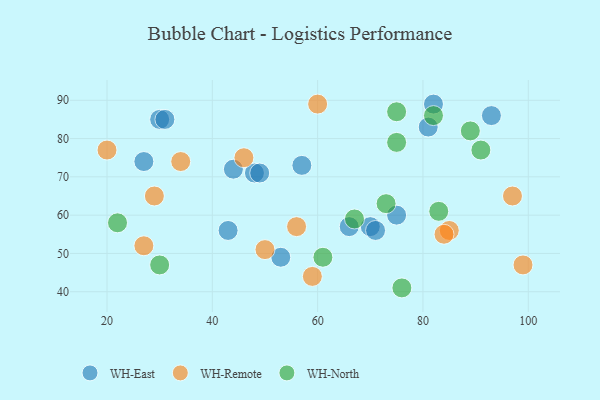
{"axis": {"x": "GDP", "y": "Life Expectancy"}, "legend": ["WH-East", "WH-North", "WH-Remote"], "data": [{"x": "66", "y": 57, "type": "WH-East"}, {"x": "82", "y": 89, "type": "WH-East"}, {"x": "70", "y": 57, "type": "WH-East"}, {"x": "57", "y": 73, "type": "WH-East"}, {"x": "53", "y": 49, "type": "WH-East"}, {"x": "43", "y": 56, "type": "WH-East"}, {"x": "71", "y": 56, "type": "WH-East"}, {"x": "27", "y": 74, "type": "WH-East"}, {"x": "48", "y": 71, "type": "WH-East"}, {"x": "44", "y": 72, "type": "WH-East"}, {"x": "49", "y": 71, "type": "WH-East"}, {"x": "30", "y": 85, "type": "WH-East"}, {"x": "75", "y": 60, "type": "WH-East"}, {"x": "31", "y": 85, "type": "WH-East"}, {"x": "81", "y": 83, "type": "WH-East"}, {"x": "93", "y": 86, "type": "WH-East"}, {"x": "20", "y": 77, "type": "WH-Remote"}, {"x": "85", "y": 56, "type": "WH-Remote"}, {"x": "56", "y": 57, "type": "WH-Remote"}, {"x": "46", "y": 75, "type": "WH-Remote"}, {"x": "99", "y": 47, "type": "WH-Remote"}, {"x": "97", "y": 65, "type": "WH-Remote"}, {"x": "84", "y": 55, "type": "WH-Remote"}, {"x": "60", "y": 89, "type": "WH-Remote"}, {"x": "50", "y": 51, "type": "WH-Remote"}, {"x": "27", "y": 52, "type": "WH-Remote"}, {"x": "59", "y": 44, "type": "WH-Remote"}, {"x": "29", "y": 65, "type": "WH-Remote"}, {"x": "34", "y": 74, "type": "WH-Remote"}, {"x": "61", "y": 49, "type": "WH-North"}, {"x": "76", "y": 41, "type": "WH-North"}, {"x": "75", "y": 79, "type": "WH-North"}, {"x": "73", "y": 63, "type": "WH-North"}, {"x": "91", "y": 77, "type": "WH-North"}, {"x": "75", "y": 87, "type": "WH-North"}, {"x": "30", "y": 47, "type": "WH-North"}, {"x": "89", "y": 82, "type": "WH-North"}, {"x": "82", "y": 86, "type": "WH-North"}, {"x": "22", "y": 58, "type": "WH-North"}, {"x": "67", "y": 59, "type": "WH-North"}, {"x": "83", "y": 61, "type": "WH-North"}]}